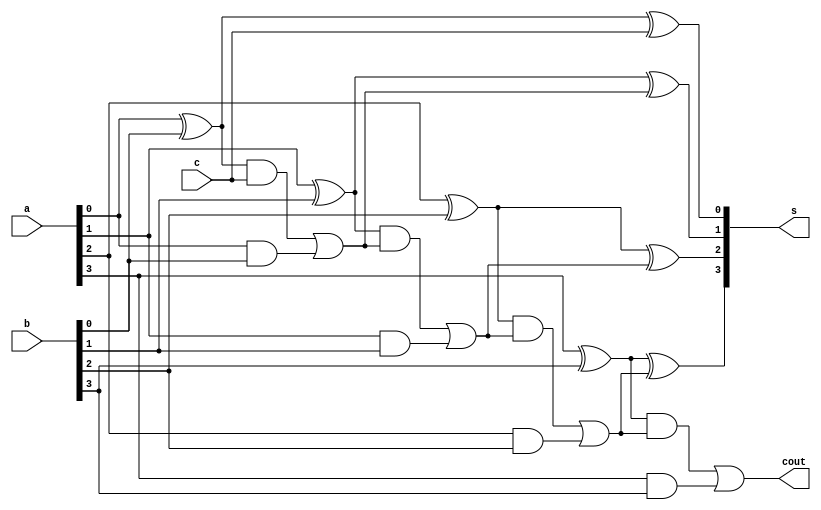

module full_adder_bit(input [3:0]a,b,input c,output reg [3:0]s, output reg cout);
reg c1,c2,c3;
reg m,o,p,r,n,t,u,v,w,x,y,z;
always@(a,b,c)
begin
//half_adder_d g1(a[0],b[0],o,p);
//half_adder_d g2(o,c,s[0],r);
o=a[0]^b[0];
p=a[0]&b[0];
s[0]=o^c;
r=o&c;
c1=r|p;
//half_adder_d g3(a[1],b[1],n,t);
//half_adder_d g4(n,c1,s[1],u);
n=a[1]^b[1];
t=a[1]&b[1];
s[1]=n^c1;
u=n&c1;
c2=u|t;
//half_adder_d g5(a[2],b[2],v,w);
//half_adder_d g6(v,c2,s[2],x);
v=a[2]^b[2];
w=a[2]&b[2];
s[2]=v^c2;
x=v&c2;
c3=x|w;
//half_adder_d g7(a[3],b[3],y,z);
//half_adder_d g8(y,c3,s[3],m);
y=a[3]^b[3];
z=a[3]&b[3];
s[3]=y^c3;
m=y&c3;
cout=m|z;
end
endmodule